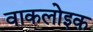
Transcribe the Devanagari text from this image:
वाकलोइक